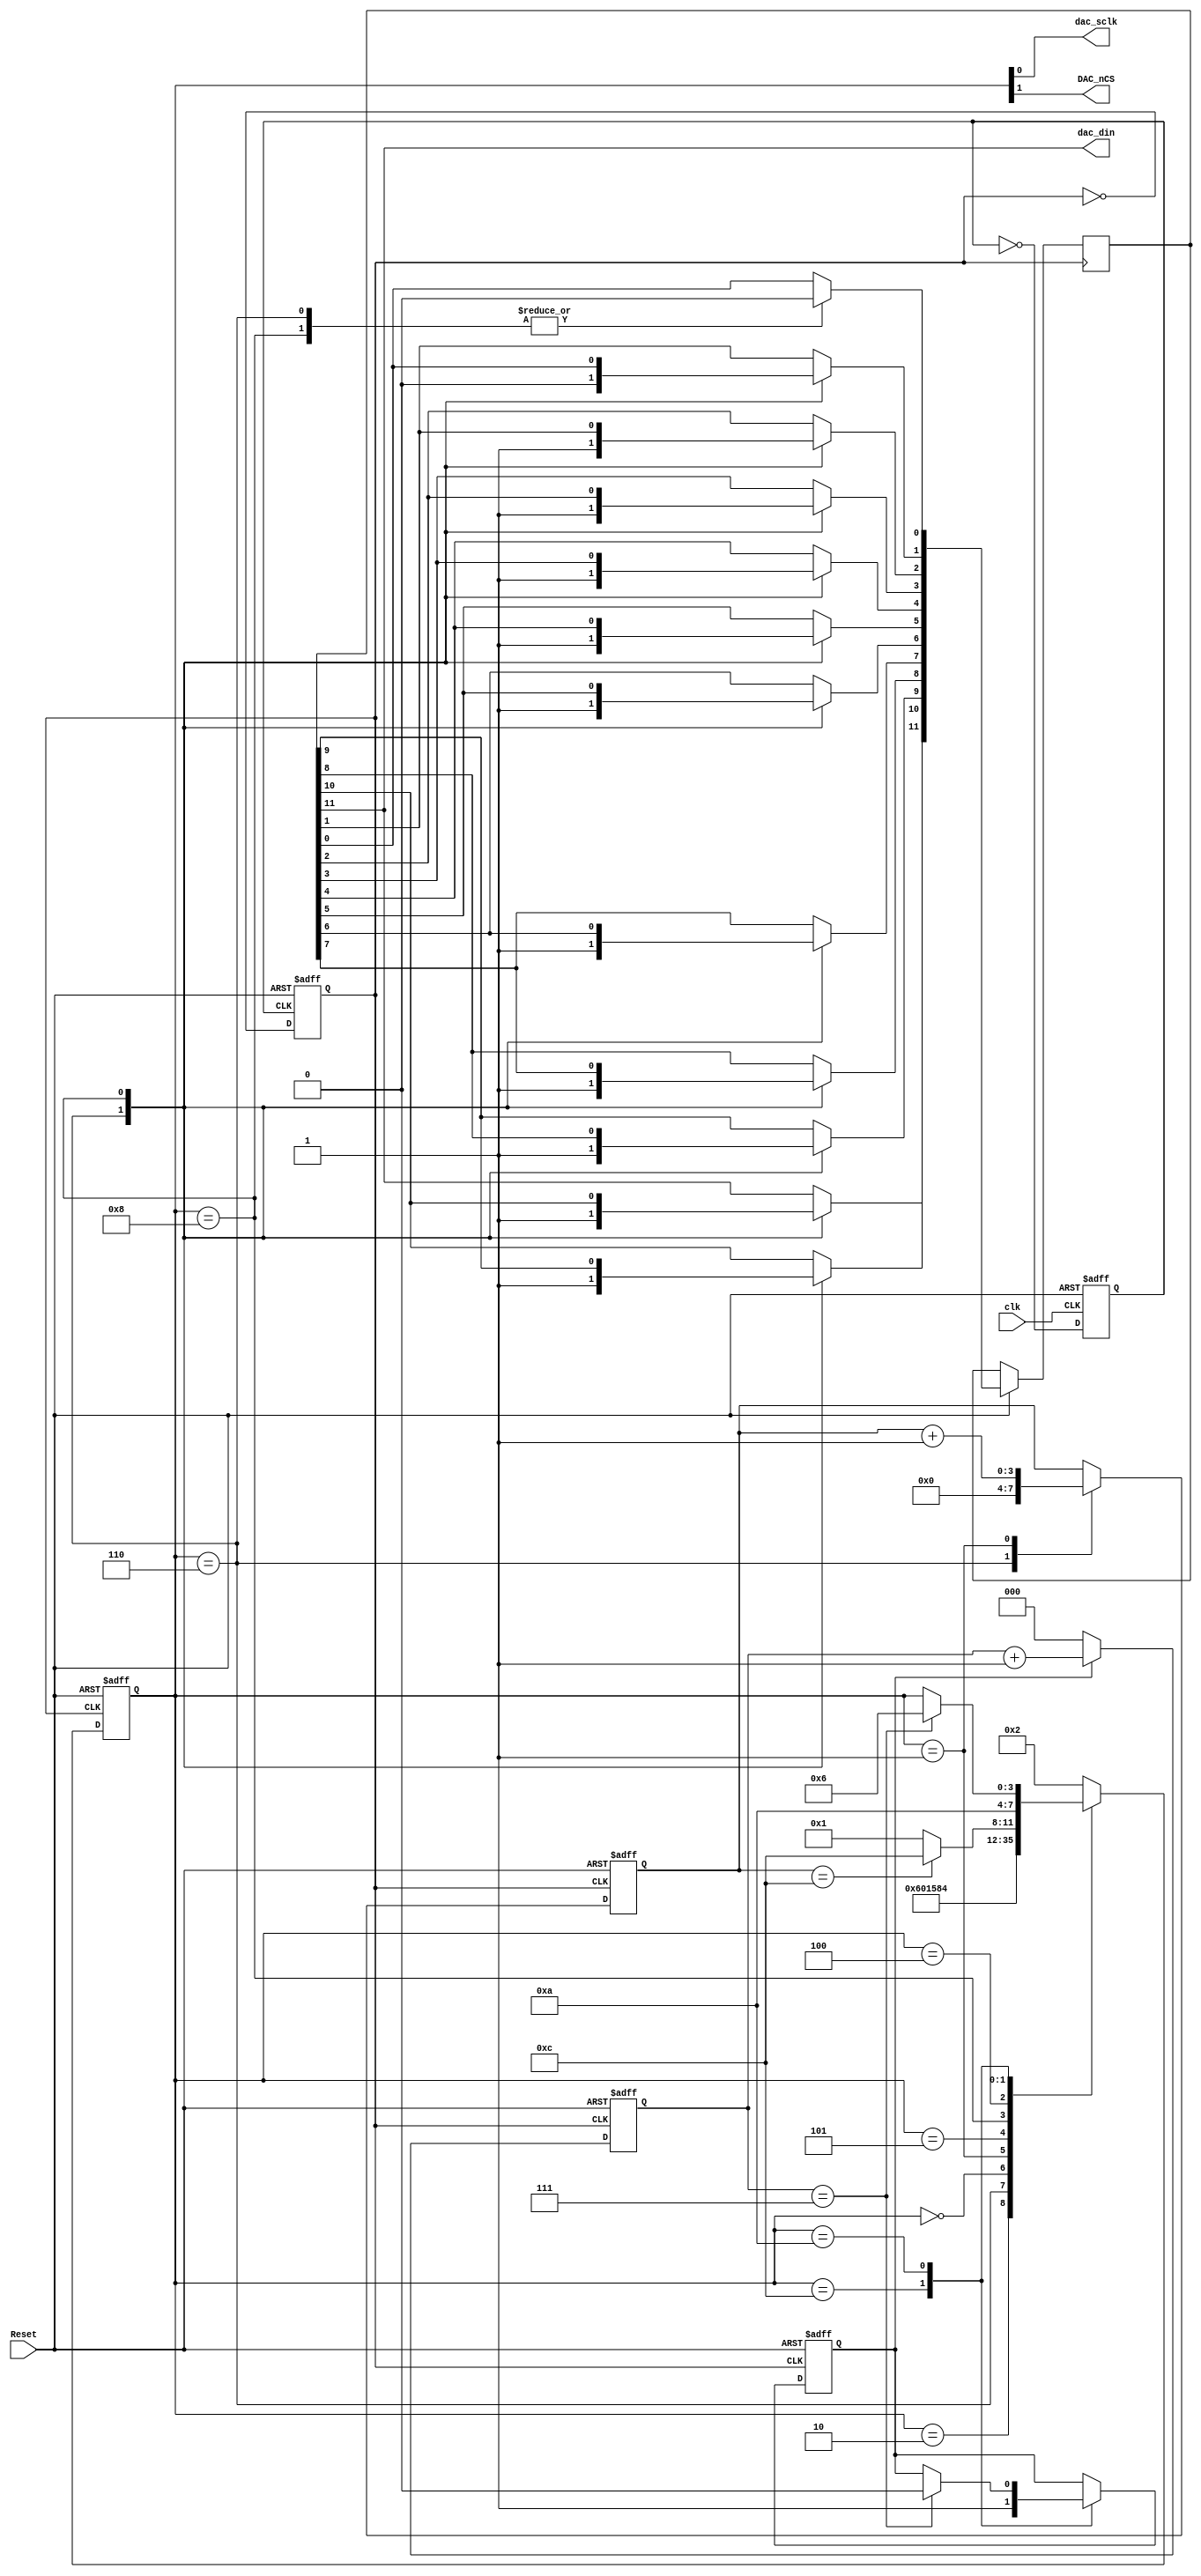
`timescale 1 ns / 1 ns


module spidac(clk, Reset, dac_sclk, DAC_nCS, dac_din);
   input            clk;
   input            Reset;
   output           dac_sclk;
   output           DAC_nCS;
   output           dac_din;
   
   reg [11:0]       shift_reg;
   parameter [11:0] DAC_HIGH = 12'b111111111100;
   parameter [11:0] DAC_LOW =  12'b111111111100;
   reg              loadH;
   
   reg [3:0]        state;
   
   parameter [3:0]  IDLE = 4'b0010;
   parameter [3:0]  LOAD = 4'b0110;
   parameter [3:0]  CSDAC = 4'b0000;
   parameter [3:0]  TxD0 = 4'b0001;
   parameter [3:0]  TxD1 = 4'b0101;
   parameter [3:0]  TXD2 = 4'b0100;
   parameter [3:0]  shift = 4'b1000;
   parameter [3:0]  spiend1 = 4'b1100;
   parameter [3:0]  spiend2 = 4'b1010;
   
   reg              wait_on;
   reg [2:0]        wait_cnt;
   
   reg              clkdiv2;
   reg              clkdiv4;
   
   reg [3:0]        bit_cnt;
   
   
   always @(posedge clk or negedge Reset)
      if (Reset == 1'b0)
         clkdiv2 <= 1'b0;
      else 
         clkdiv2 <= (~clkdiv2);
   
   
   always @(posedge clkdiv2 or negedge Reset)
      if (Reset == 1'b0)
         clkdiv4 <= 1'b0;
      else 
         clkdiv4 <= (~clkdiv4);
   
   
   always @(negedge Reset or posedge clkdiv4)
   begin: xhdl0
      integer          i;
      if (Reset == 1'b0)
      begin
         bit_cnt <= 4'b0000;
         state <= IDLE;
         loadH <= 1'b1;
         wait_on <= 1'b0;
      end
      else 
         case (state)
            IDLE :
               state <= LOAD;
            LOAD :
               begin
                  state <= CSDAC;
                  bit_cnt <= 4'b0000;
                  if (loadH == 1'b1)
                     shift_reg <= DAC_HIGH;
                  else
                     shift_reg <= DAC_LOW;
               end
            CSDAC :
               state <= TxD0;
            TxD0 :
               begin
                  state <= TxD1;
                  bit_cnt <= bit_cnt + 1;
               end
            TxD1 :
               state <= shift;
            shift :
               begin
                  state <= TXD2;
                  for (i = 11; i >= 1; i = i - 1)
                     shift_reg[i] <= shift_reg[i - 1];
                  shift_reg[0] <= 1'b0;
               end
            TXD2 :
               if (bit_cnt == 4'b1100)
                  state <= spiend1;
               else
                  state <= TxD0;
            spiend1 :
               begin
                  state <= spiend2;
                  wait_on <= 1'b1;
               end
            spiend2 :
               if (wait_cnt == 3'b111)
               begin
                  state <= LOAD;
                  wait_on <= 1'b0;
                  loadH <= (~loadH);
               end
            default :
               state <= IDLE;
         endcase
   end
   
   
   always @(negedge Reset or negedge clkdiv4)
      if (Reset == 1'b0)
         wait_cnt <= 3'b000;
      else 
      begin
         if (wait_on == 1'b1)
            wait_cnt <= wait_cnt + 1;
         else
            wait_cnt <= 3'b000;
      end
   
   assign dac_din = shift_reg[11];
   assign dac_sclk = state[0];
   assign DAC_nCS = state[1];
   
endmodule